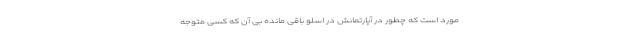
مورد است که چطور در آپارتمانش در اسلو باقی مانده بی آن که کسی متوجه